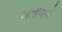
બતાવવો